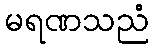
မရဏသညံ